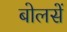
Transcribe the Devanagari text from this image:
बोलसें